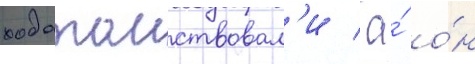
ходатаиствовал'и / а́ о́н